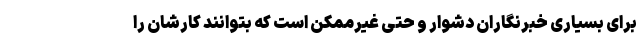
برای بسیاری خبرنگاران دشوار و حتی غیرممکن است که بتوانند کارشان را